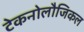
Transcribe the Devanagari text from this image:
टेकनोलौजिकल